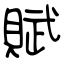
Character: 賦